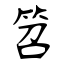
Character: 笤